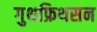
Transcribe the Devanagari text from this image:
गुथफ्रिथसन